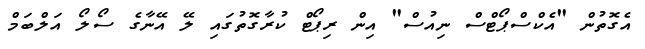
އެގޮތުން "އެކްސްޕޯޓްސް ނިއުސް" އިން ރިޕޯޓް ކުރާގޮތުގައި ލޭ އޭނާގެ ސޯލޯ އަލްބަމް